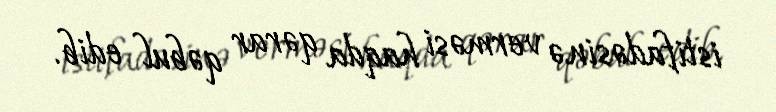
istifadəsinə verməsi haqda qərar qəbul edib.